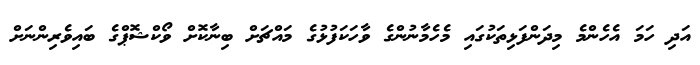
އަދި ހަމަ އެހެންމެ މިދަންފަޅިތަކުގައި މެހެމާނުންގެ ވާހަކަފުޅުގެ މައްޗަށް ބިނާކޮށް ވޯކްޝޮޕްގެ ބައިވެރިންނަށް